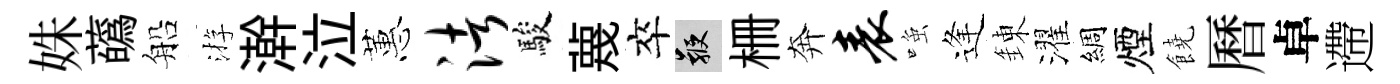
姝蘤船㳺澣泣蕙渚駿蔑卒鞭栅奔表𫪻逢錬濯綢煙饒曆卓遰